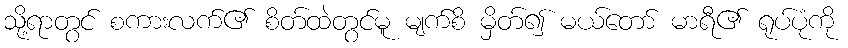
သို့ရာတွင် စကားလက်၏ စိတ်ထဲတွင်မူ မျက်စိ မှိတ်၍ မယ်တော် မာရီ၏ ရုပ်ပုံကို